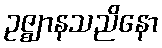
ဥဇ္ဈာနသညိနော